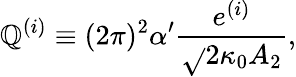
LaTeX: \mathbb{Q}^{(i)}\equiv(2\pi)^{2}\alpha^{\prime}\frac{{e^{(i)}}}{{\sqrt{}{{2}}\kappa_{0}A_{2}}},